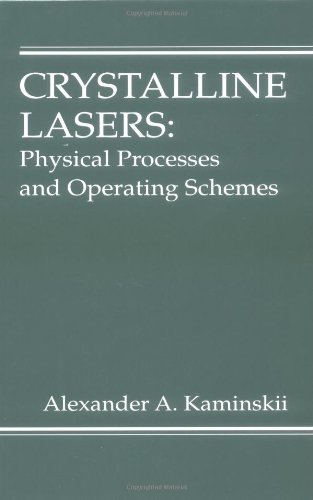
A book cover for Crystalline Lasers: Physical Processes and Operating Schemes (Laser & Optical Science & Technology); Alexander Kaminskii; Science & Math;